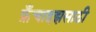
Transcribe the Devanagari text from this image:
फ्रँचाइझसाठी